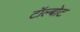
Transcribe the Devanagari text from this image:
टॉल्बोट